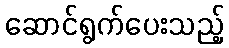
ဆောင်ရွက်ပေးသည့်